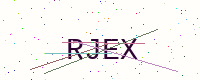
Text: RJEX